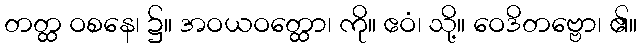
တတ္ထ ဝစနေ၊ ၌။ အဝယဝတ္ထော၊ ကို။ ဧဝံ၊ သို့။ ဝေဒိတဗ္ဗော၊ ၏။